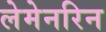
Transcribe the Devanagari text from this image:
लेमेनरिन